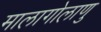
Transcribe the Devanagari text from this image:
मालागोलाणु